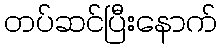
တပ်ဆင်ပြီးနောက်